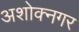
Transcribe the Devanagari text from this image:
अशोक्नगर